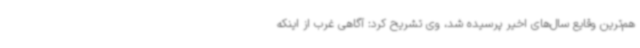
هم‌ترین وقایع سال‌های اخیر پرسیده شد، وی تشریح کرد: آگاهی غرب از اینکه